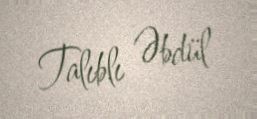
Talıblı Əbdül